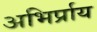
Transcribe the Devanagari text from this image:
अभिर्प्राय